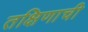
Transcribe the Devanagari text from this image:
तक्षिणाची